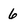
Character: 6